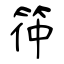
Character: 筗